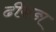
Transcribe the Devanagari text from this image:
ढींकङा